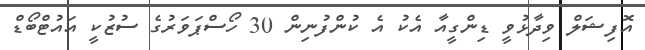
އޮފިޝަލް ވިދާޅުވީ ޑިންގީއާ އެކު އެ ކުންފުނިން 30 ހޯސްޕަވަރުގެ ސުޒުކީ އައުޓްބޯޑް